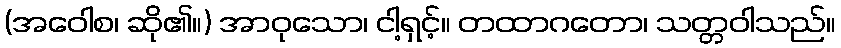
(အဝေါစ၊ ဆို၏။) အာဝုသော၊ ငါ့ရှင့်။ တထာဂတော၊ သတ္တဝါသည်။